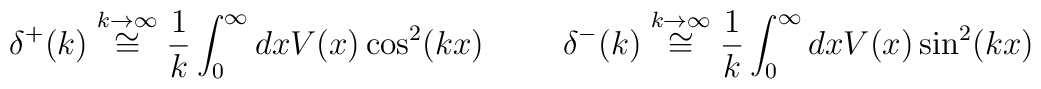
\delta^+(k)\stackrel{k\rightarrow\infty}{\cong} \frac{1}{k}\int_0^\infty dxV(x) \cos^2(k x)\hspace{1cm}\delta^-(k)\stackrel{k\rightarrow\infty}{\cong} \frac{1}{k}\int_0^\infty dxV(x) \sin^2(k x)